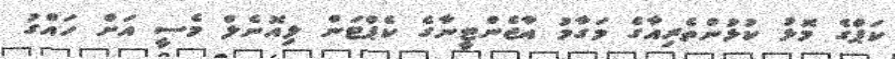
ކަޕްގެ މޮޅު ކުޅުންތެރިއާގެ މަގާމު އާޖެންޓީނާގެ ކެޕްޓަން ލިއޮނެލް މެސީ އަށް ހައްގު